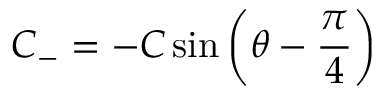
C _ { - } = - C \sin { \left( \theta - { \frac { \pi } { 4 } } \right) }